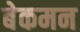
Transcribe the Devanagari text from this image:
बेकमन